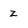
Character: Z